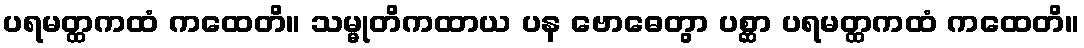
ပရမတ္ထကထံ ကထေတိ။ သမ္မုတိကထာယ ပန ဗောဓေတွာ ပစ္ဆာ ပရမတ္ထကထံ ကထေတိ။